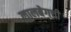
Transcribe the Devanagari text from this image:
लालबेगची